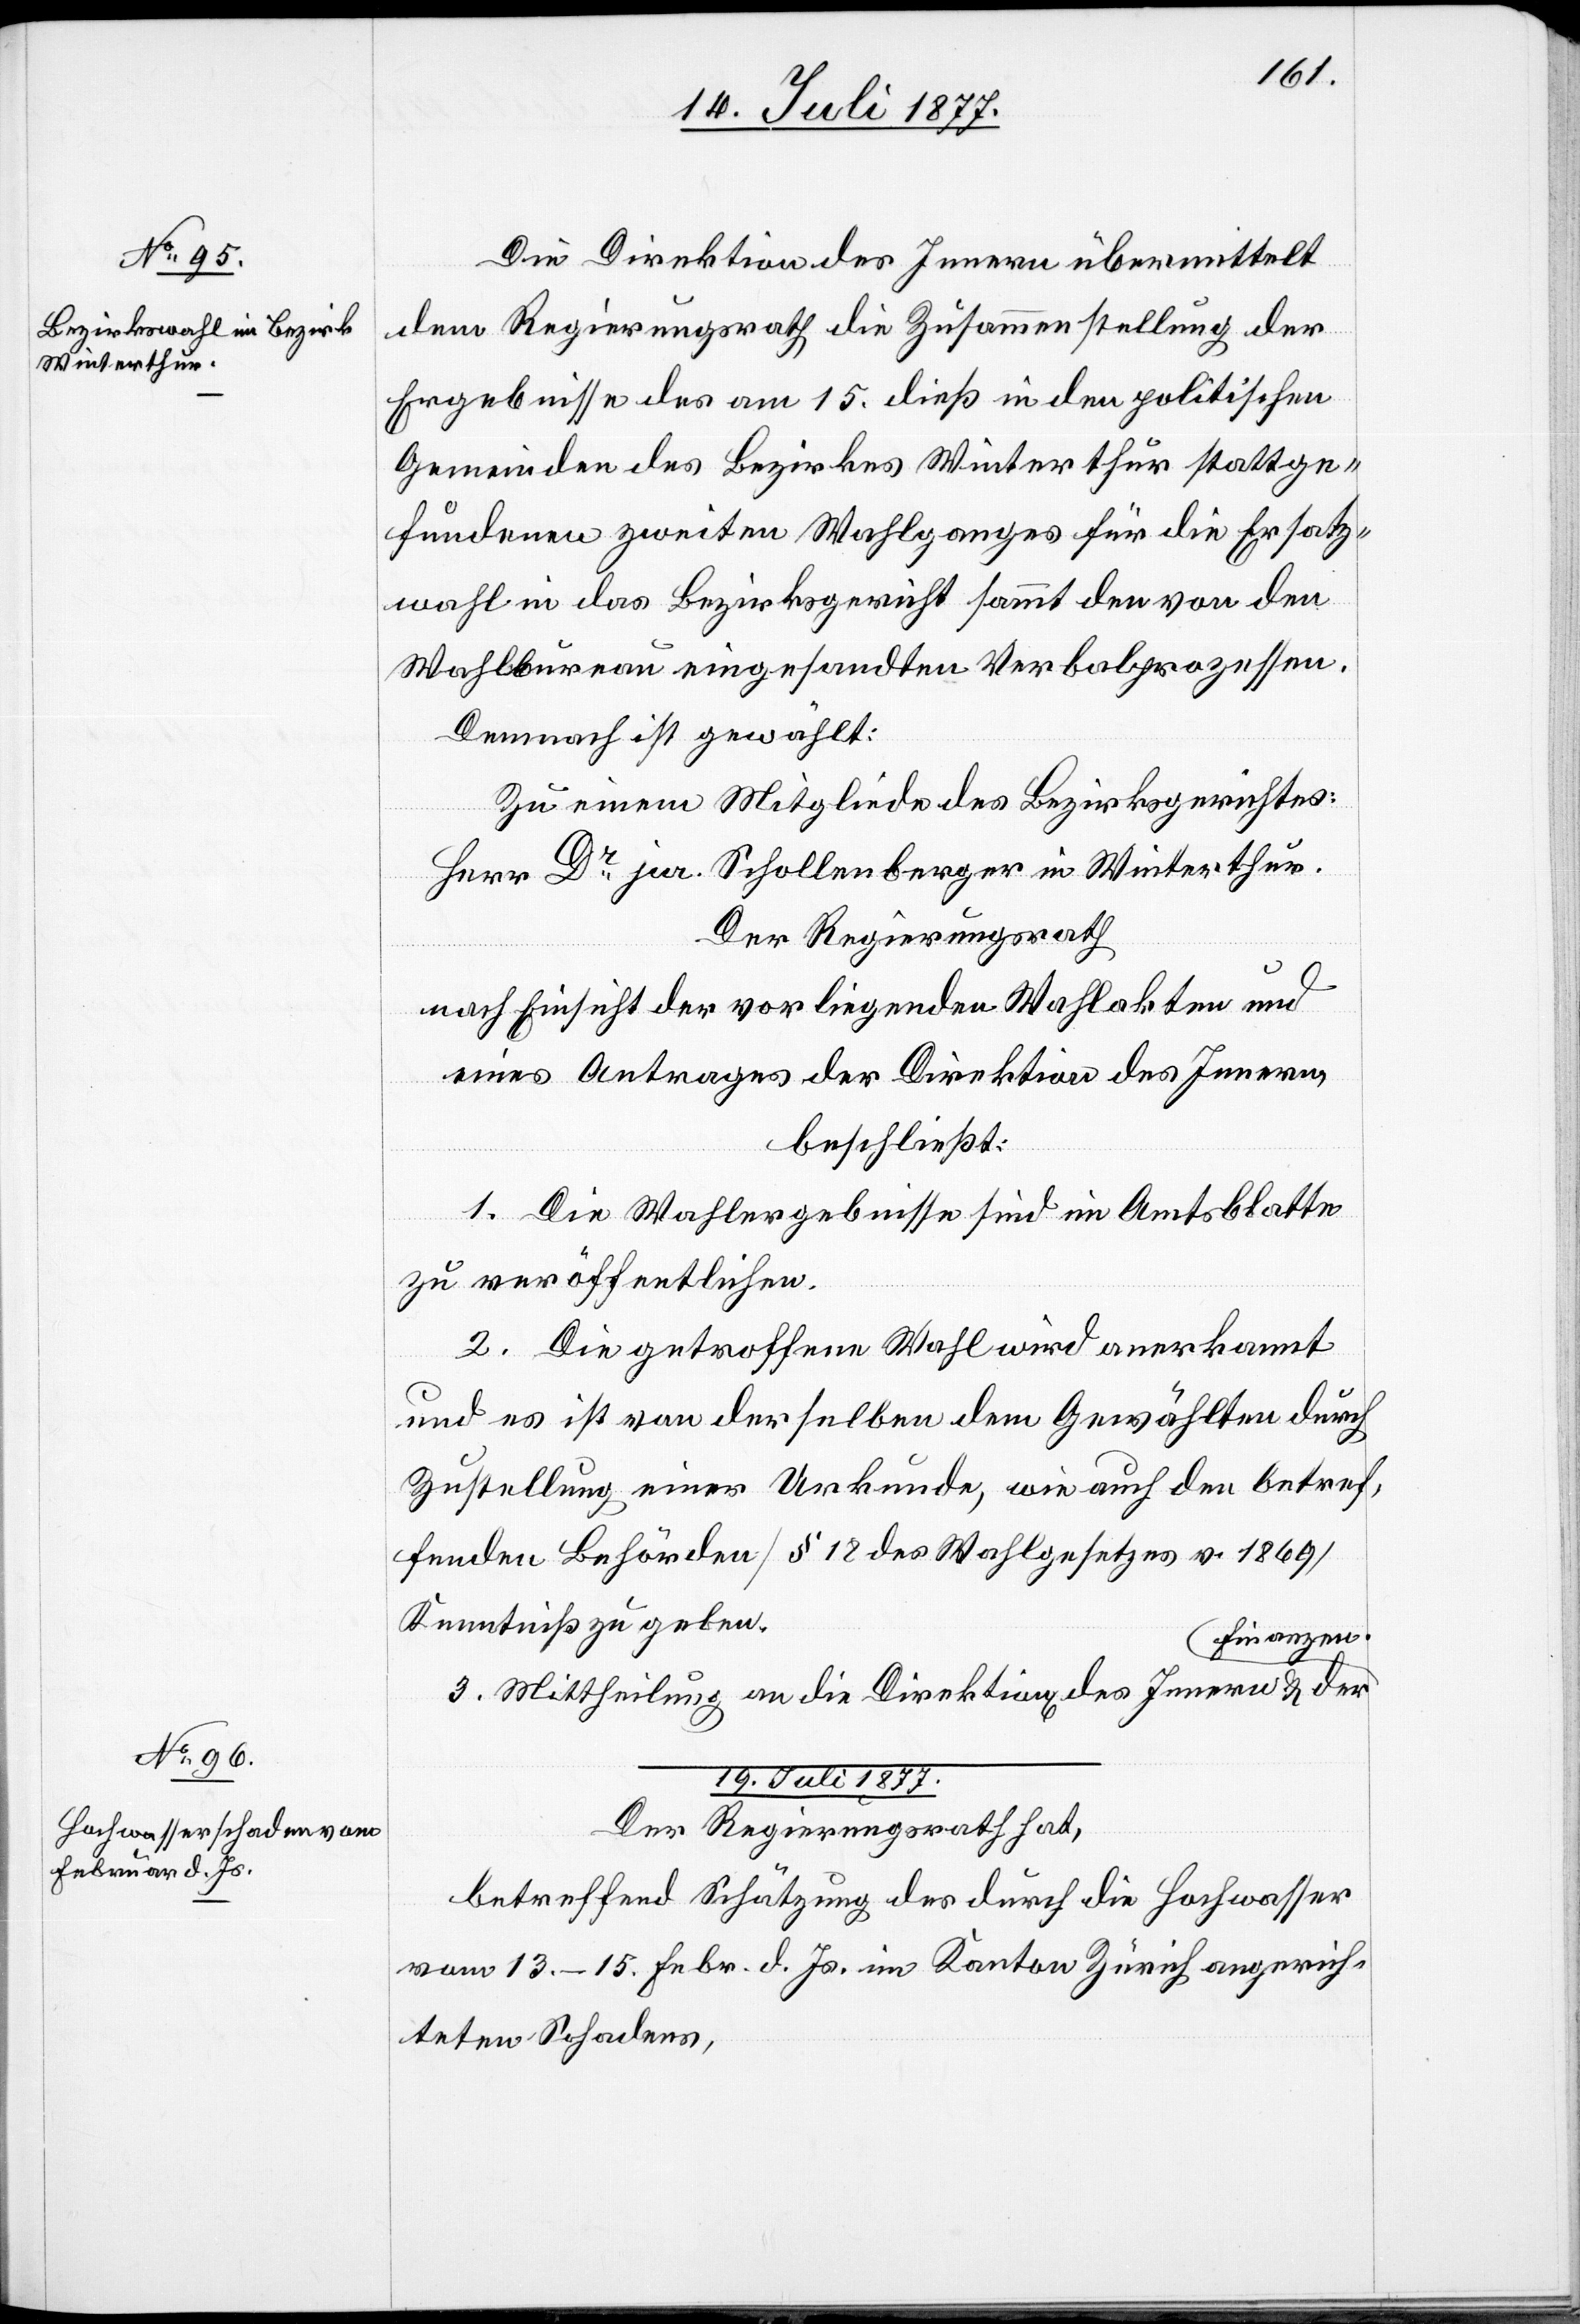
19. Juli 1877.
Die Direktion des Innern übermittelt
dem Regierungsrath die Zusammenstellung der
Ergebnisse des am 15. dieß in den politischen
Gemeinden des Bezirkes Winterthur stattge¬
fundenen zweiten Wahlganges für die Ersatz¬
wahl in das Bezirksgericht sammt den von den
Wahlbureau eingesandten Verbalprozessen.
Demnach ist gewählt:
Zu einem Mitgliede des Bezirksgerichtes:
Herr Dr jur. Schollenberger in Winterthur.
Der Regierungsrath
nach Einsicht der vorliegenden Wahlakten und
eines Antrages der Direktion des Innern,
beschließt:
1. Die Wahlergebnisse sind im Amtsblatte
zu veröffentlichen.
2. Die getroffene Wahl wird anerkannt
und es ist von derselben dem Gewählten durch
Zustellung einer Urkunde, wie auch den betref¬
fenden Behörden [§ 18 des Wahlgesetzes v. 1869]
Kenntniß zu geben.
Finanzen.
3. Mittheilung an die Direktion[en] des Innern & der
Der Regierungsrath hat,
betreffend Schätzung des durch die Hochwasser
vom 13.–15. Febr. d. Js. im Kanton Zürich angerich¬
teten Schadens,